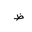
Letter: _za